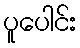
ပူပေါင်း